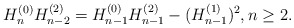
\begin{align*}H_n^{(0)}H_{n-2}^{(2)}=H_{n-1}^{(0)}H_{n-1}^{(2)}-(H_{n-1}^{(1)})^2, n\geq2. \end{align*}